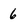
Character: 6